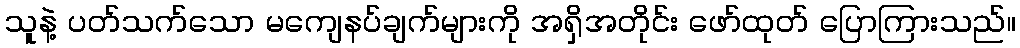
သူနဲ့ ပတ်သက်သော မကျေနပ်ချက်များကို အရှိအတိုင်း ဖော်ထုတ် ပြောကြားသည်။